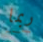
ربما